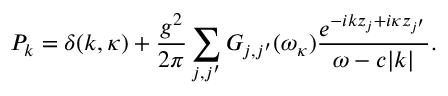
P _ { k } = \delta ( k , \kappa ) + \frac { g ^ { 2 } } { 2 \pi } \sum _ { j , j ^ { \prime } } G _ { j , j ^ { \prime } } ( \omega _ { \kappa } ) \frac { e ^ { - i k z _ { j } + i \kappa z _ { j ^ { \prime } } } } { \omega - c | k | } .